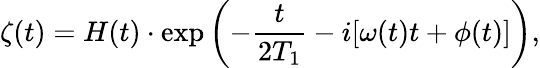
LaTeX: \zeta(t)=H(t)\cdot\exp\left(-\frac{t}{2T_{1}}-i[\omega(t)t+\phi(t)]\right),